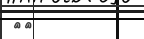
٤٣